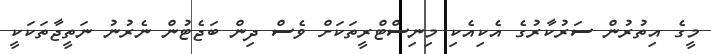
މީގެ އިތުރުން ސަރުކާރުގެ އެކިއެކި މިނިސްޓްރީތަކަށް ވެސް ދިން ބަޖެޓުން ނެރުނު ނަތީޖާތަކަކީ